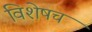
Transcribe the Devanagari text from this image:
विशेषच